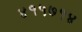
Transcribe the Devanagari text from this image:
४१५७१४